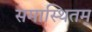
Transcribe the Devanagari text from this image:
समास्थितम्